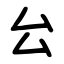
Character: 㕕